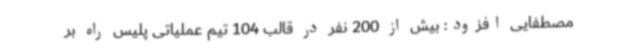
مصطفایی افزود: بیش از 200 نفر در قالب 104 تیم عملیاتی پلیس راه بر